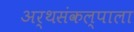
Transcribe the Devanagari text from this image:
अर्थसंकल्पाला